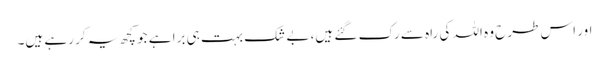
اور اس طرح وہ اللہ کی راہ سے رک گئے ہیں، بے شک بہت ہی برا ہے جو کچھ یہ کر رہے ہیں۔